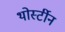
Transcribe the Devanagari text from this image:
थोर्स्टीन